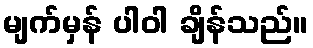
မျက်မှန် ပါဝါ ချိန်သည်။